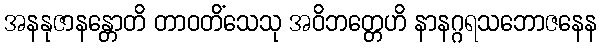
အနနုဇာနန္တောတိ တာဝတိံသေသု အဝိဘတ္တေဟိ နာနဂ္ဂရသဘောဇနေန